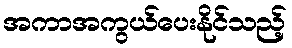
အကာအကွယ်ပေးနိုင်သည့်